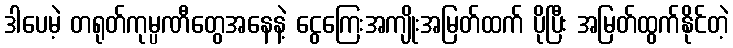
ဒါပေမဲ့ တရုတ်ကုမ္ပဏီတွေအနေနဲ့ ငွေကြေးအကျိုးအမြတ်ထက် ပိုပြီး အမြတ်ထွက်နိုင်တဲ့